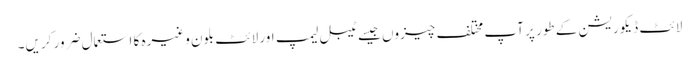
لائٹ ڈیکوریشن کے طور پر آپ مختلف چیزوں جیسے ٹیبل لیمپ اور لائٹ بلون وغیرہ کا استعمال ضرور کریں۔